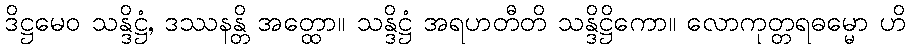
ဒိဋ္ဌမေဝ သန္ဒိဋ္ဌံ, ဒဿနန္တိ အတ္ထော။ သန္ဒိဋ္ဌံ အရဟတီတိ သန္ဒိဋ္ဌိကော။ လောကုတ္တရဓမ္မော ဟိ